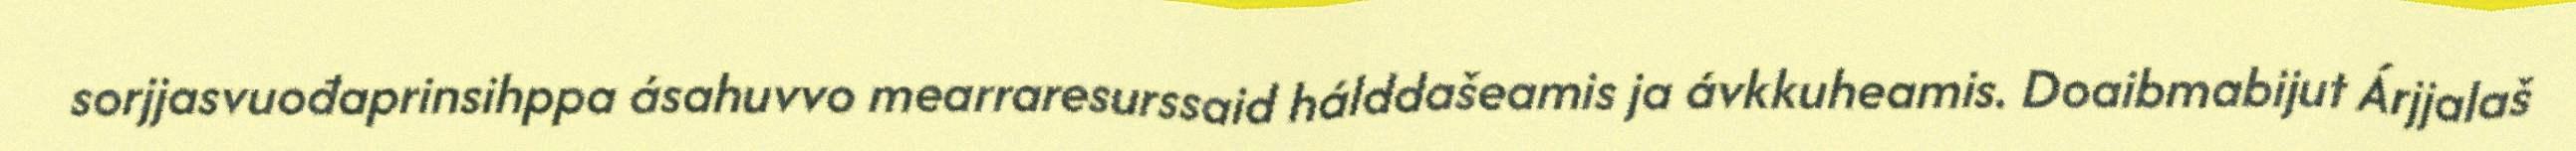
sorjjasvuođaprinsihppa ásahuvvo mearraresurssaid hálddašeamis ja ávkkuheamis. Doaibmabijut Árjjalaš